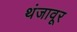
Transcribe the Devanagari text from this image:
थंजावूर